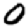
Digit: 0